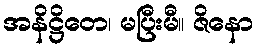
အနိဋ္ဌိတေ၊ မပြီးမီ။ ဇိနော